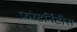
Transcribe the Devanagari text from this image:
फ्ररेटर्निटीस